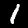
Digit: 1